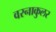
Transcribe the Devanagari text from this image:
वरनाकुलर